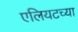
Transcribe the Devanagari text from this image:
एलियटच्या